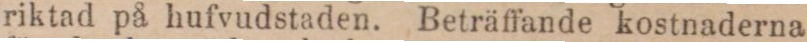
riktad på hufvudstaden. Beträffande kostnaderna